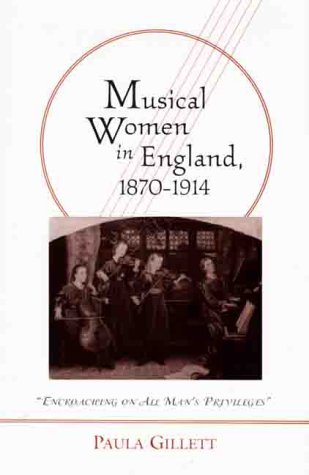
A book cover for Musical Women in England, 1870-1914: "Encroaching on All Man's Privileges"; Paula Gillett; Politics & Social Sciences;